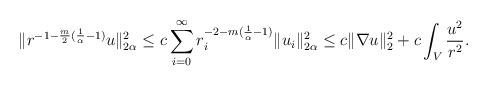
LaTeX: \begin{align*}\|r^{-1-\frac{m}{2}(\frac{1}{\alpha}-1)}u\|_{2\alpha}^2 \leq c \sum_{i=0}^\infty r_i^{-2-m(\frac{1}{\alpha} - 1)}\|u_i\|_{2\alpha}^2 \leq c\|\nabla u\|_2^2 + c \int_V \frac{u^2}{r^2}.\end{align*}